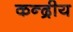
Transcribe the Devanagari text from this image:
कन्द्रीय